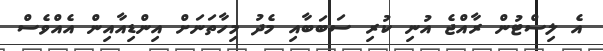
އެ ލިސްޓުން ރާއްޖެ އުނި ކުރި ސަބަބާއި މެދު މިހާތަނަށް އިންޑިއާއިން އެއްވެސް